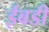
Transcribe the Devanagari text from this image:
ईबडी